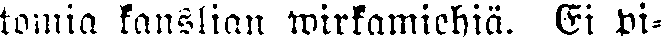
tomia kanslian wirkamiehiä. Ei pi-